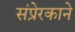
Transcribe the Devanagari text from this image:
संप्रेरकाने